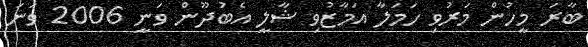
ބާރަ މީހުން މަރުވި ހަމަލާ އަމާޒުވި ޝާލީ އެބުދޫން ވަނީ 2006 ވަނަ